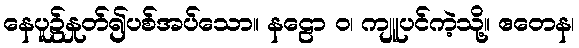
နေပူ၌နှုတ်၍ပစ်အပ်သော။ နဠော ဝ၊ ကျူပင်ကဲ့သို့။ ဧတေန၊